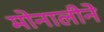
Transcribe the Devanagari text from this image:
मोनालीने